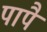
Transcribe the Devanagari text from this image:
पापै